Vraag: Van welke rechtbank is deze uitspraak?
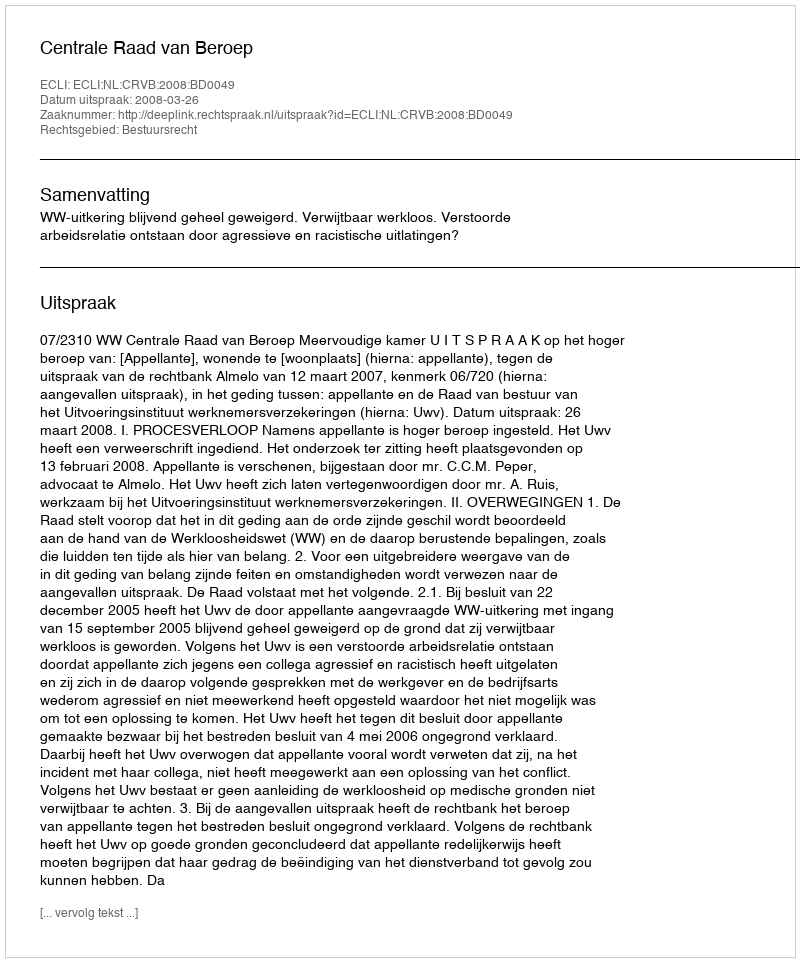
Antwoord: Centrale Raad van Beroep